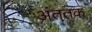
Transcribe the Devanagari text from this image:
अंततक